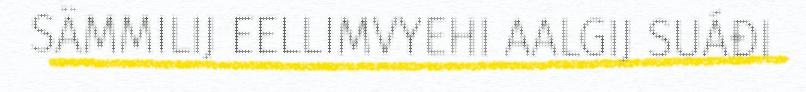
SÄMMILIJ EELLIMVYEHI AALGIJ SUÁĐI